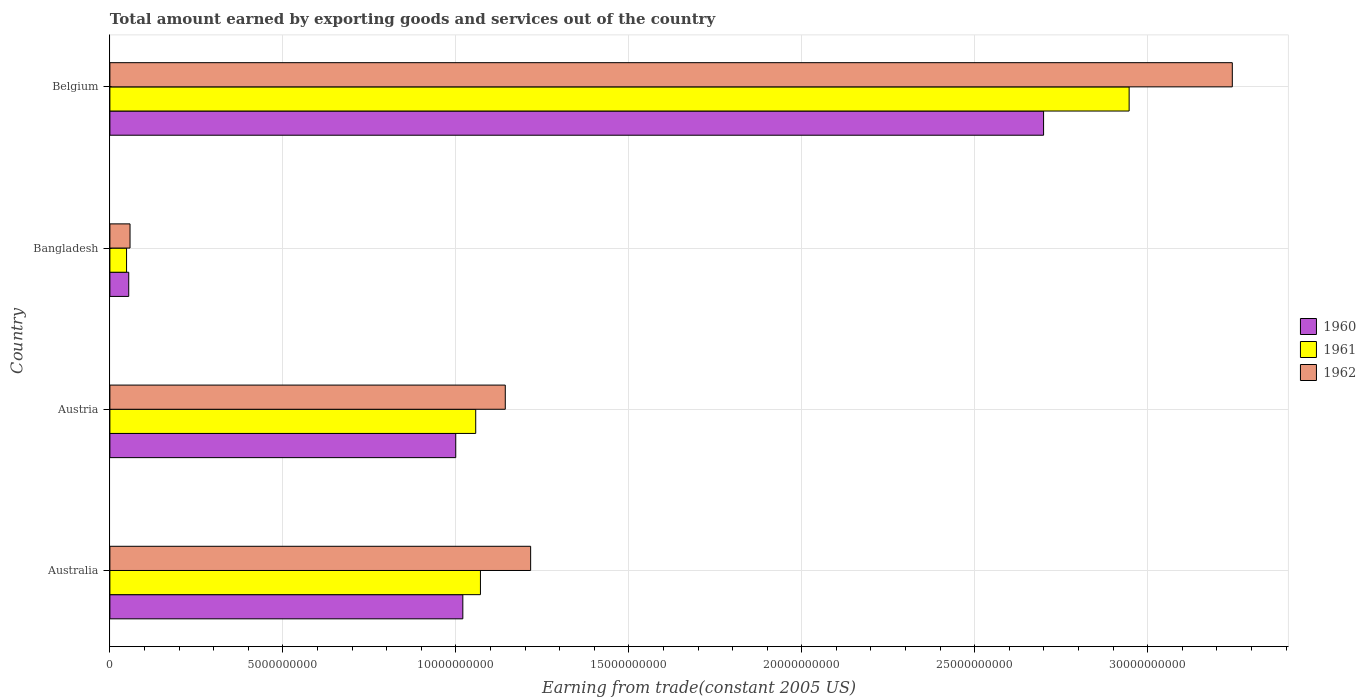
| Country | 1960 | 1961 | 1962 |
 | --- | --- | --- | --- |
 | Australia | 1.02e+10 | 1.07e+10 | 1.22e+10 |
 | Austria | 1e+10 | 1.06e+10 | 1.14e+10 |
 | Bangladesh | 5.45e+08 | 4.82e+08 | 5.82e+08 |
 | Belgium | 2.7e+10 | 2.95e+10 | 3.24e+10 |